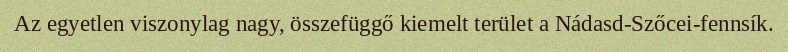
Az egyetlen viszonylag nagy, összefüggő kiemelt terület a Nádasd-Szőcei-fennsík.